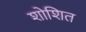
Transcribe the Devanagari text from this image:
शोशित